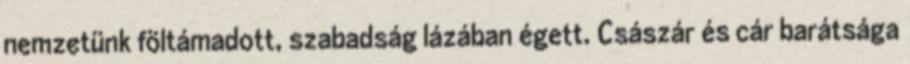
nemzetünk föltámadott, szabadság lázában égett. Császár és cár barátsága